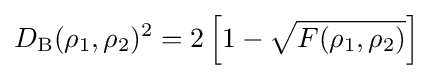
D_{\text{B}}(\rho _{1},\rho _{2})^{2}=2\left[1-{\sqrt {F(\rho _{1},\rho _{2})}}\right]